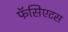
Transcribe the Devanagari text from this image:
फॅसिएटस